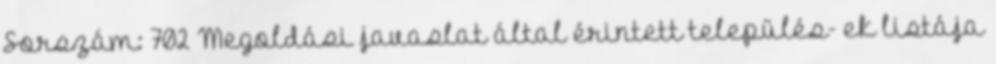
Sorszám: 702 Megoldási javaslat által érintett település- ek listája